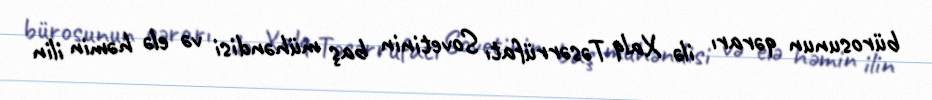
bürosunun qərarı ilə Xalq Təsərrüfatı Sovetinin baş mühəndisi və elə həmin ilin